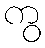
ကွ